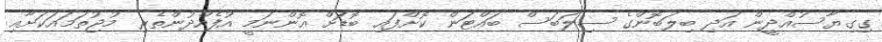
ގިގިޔާސުއްދީން އަދި ބިލަބޮންގެ ސިލަބަސް ބައްޓަން ކޮށްފައި ބޮޑަށް އޮންނަމީ އުފެއްދުންތެރި މުޖުތަމައަކަށާއި